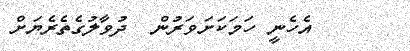
އެހެނީ ހަމަކަށަވަރުން  ދުވާލުގެތެރެޔަށް